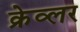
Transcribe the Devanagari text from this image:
क्रेव्लर